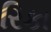
રિકા